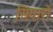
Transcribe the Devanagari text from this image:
सिंगारों